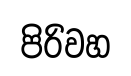
පිරිවහ